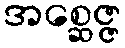
အစ္ဆေဇ္ဇ